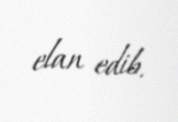
elan edib.